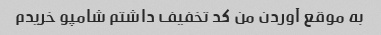
به موقع آوردن من کد تخفیف داشتم شامپو خریدم